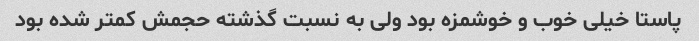
پاستا خیلی خوب و خوشمزه بود ولی به نسبت گذشته حجمش کمتر شده بود